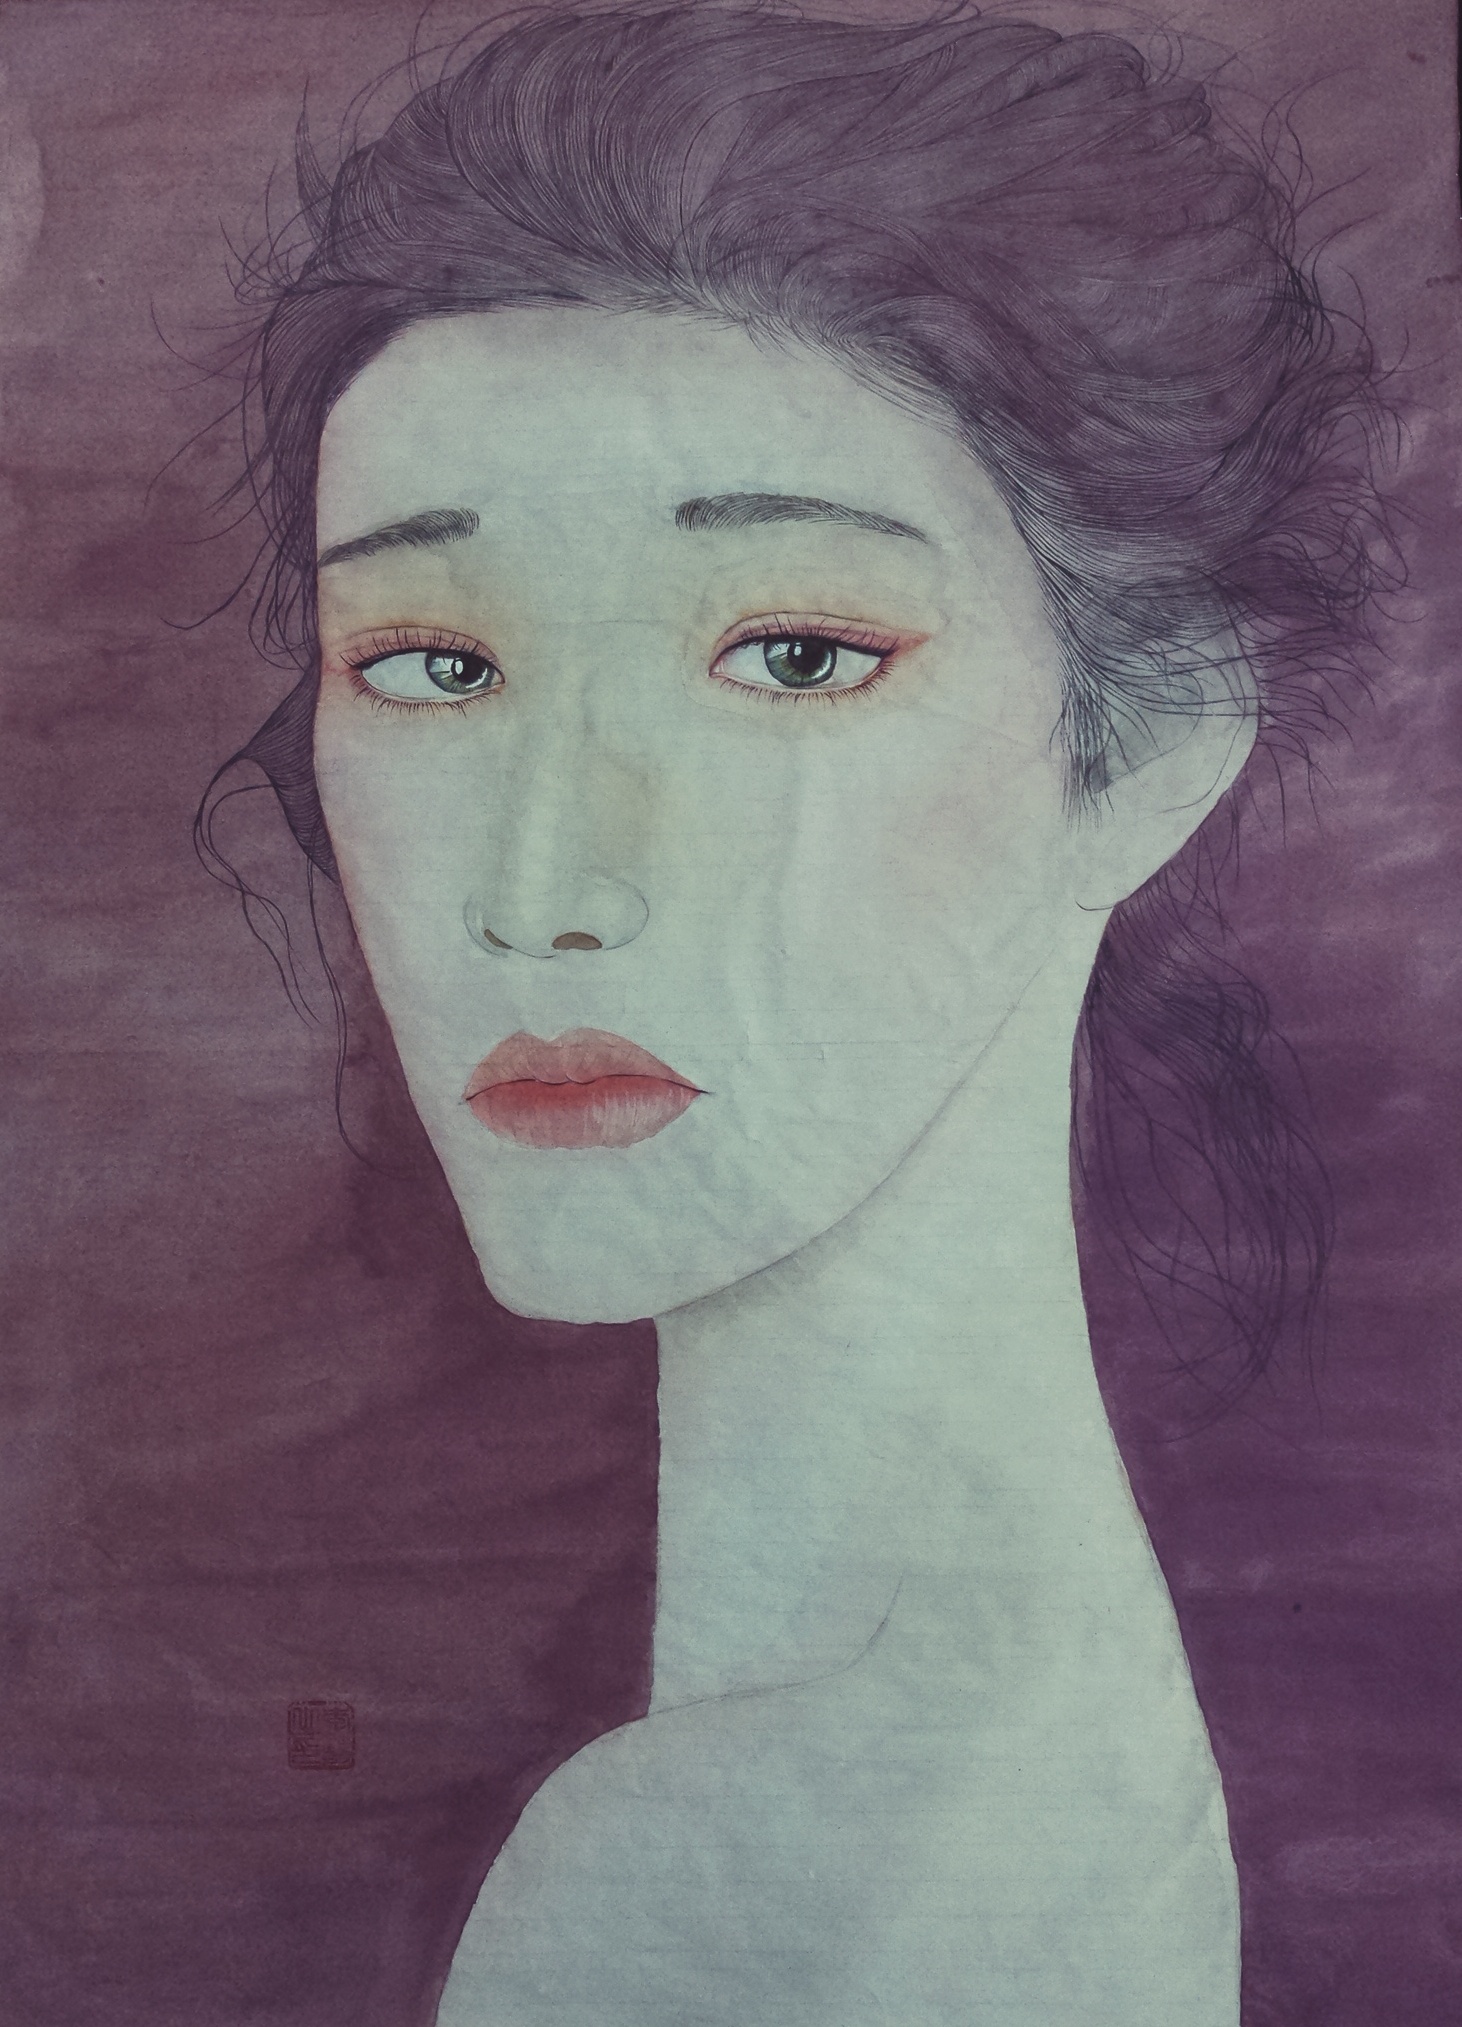
十五入汉宫，花颜笑春红。